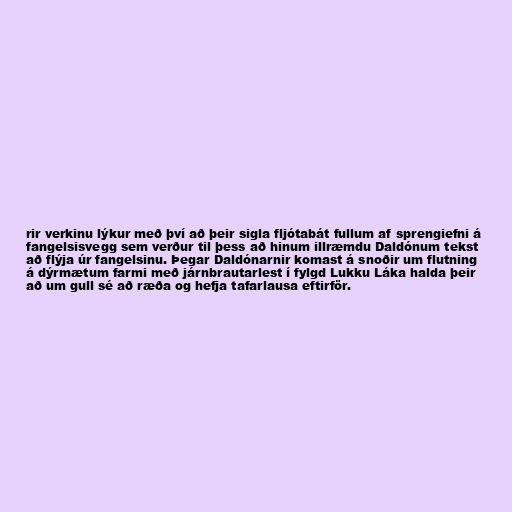
rir verkinu lýkur með því að þeir sigla fljótabát fullum af sprengiefni á
fangelsisvegg sem verður til þess að hinum illræmdu Daldónum tekst
að flýja úr fangelsinu. Þegar Daldónarnir komast á snoðir um flutning
á dýrmætum farmi með járnbrautarlest í fylgd Lukku Láka halda þeir
að um gull sé að ræða og hefja tafarlausa eftirför.